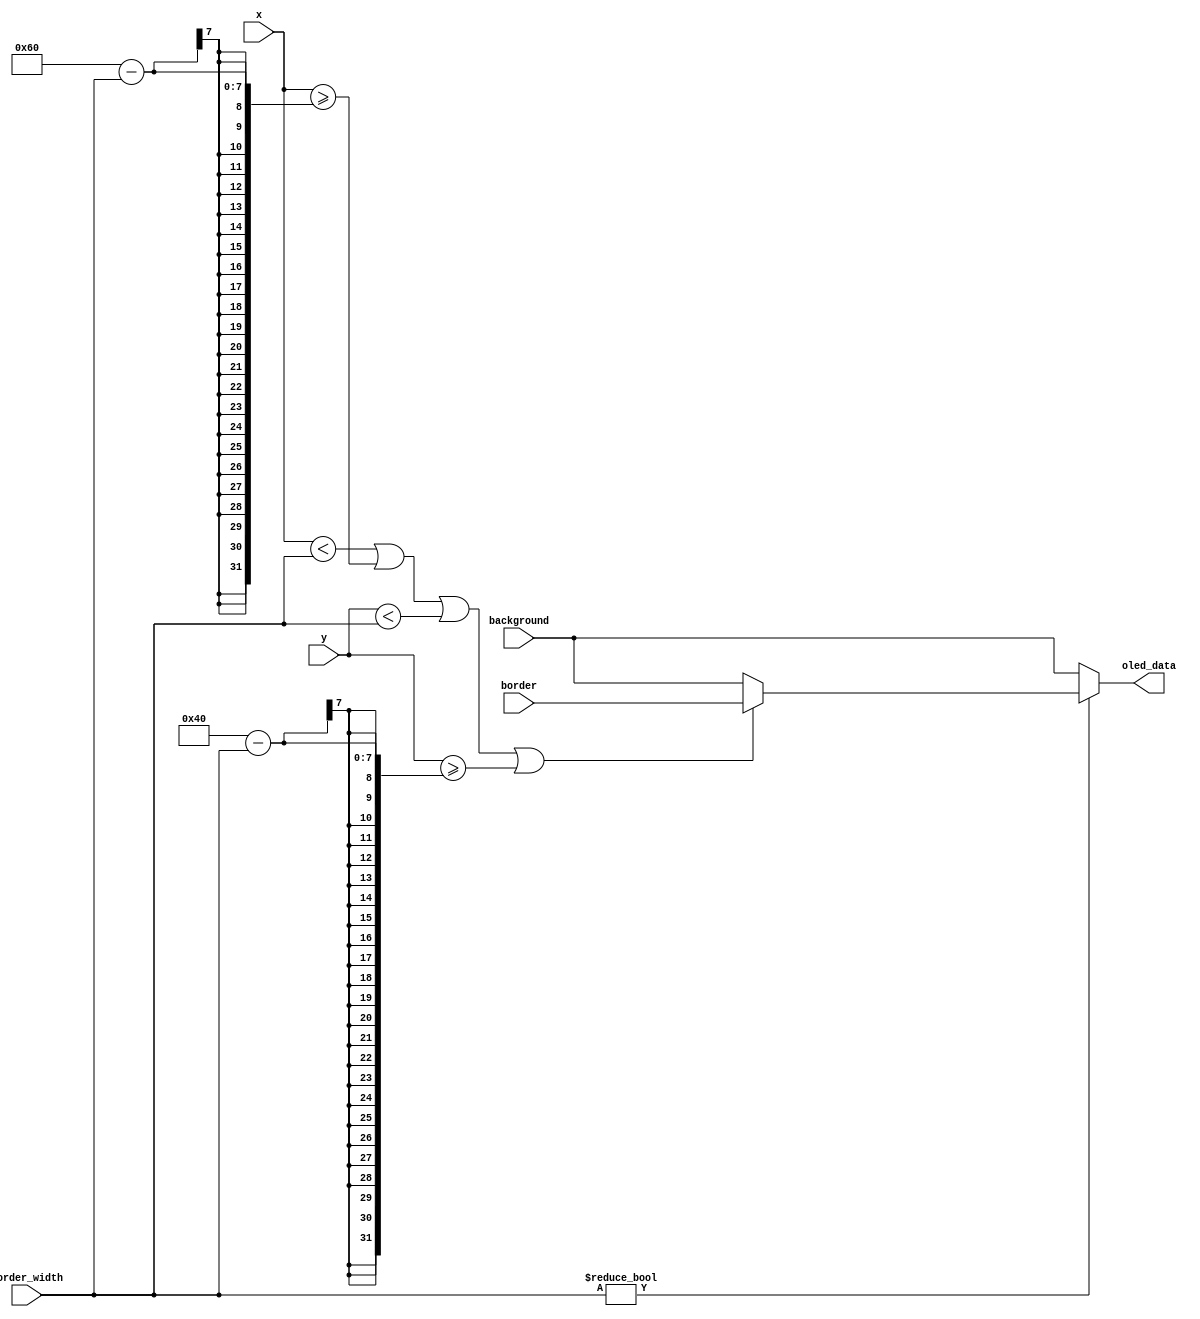
`timescale 1ns / 1ps
//////////////////////////////////////////////////////////////////////////////////
// Company: 
// Engineer: 
// 
// Design Name: 
// Module Name: oled_border
// Project Name: 
// Target Devices: 
// Tool Versions: 
// Description: 
// 
// Dependencies: 
// 
// Revision:
// Revision 0.01 - File Created
// Additional Comments:
// 
//////////////////////////////////////////////////////////////////////////////////


module oled_border(
    input [1:0] border_width,
    input [6:0] x,
    input [5:0] y,
    input [15:0] background,
    input [15:0] border,
    output reg [15:0] oled_data
    );
    
    always @ (*)
    begin
        if (border_width)
            begin
                oled_data <= (x < border_width || x >= (96 - border_width) || y < border_width || y >= (64 - border_width)) ? border : background;
            end
        else
            oled_data <= background;
            
    end

endmodule